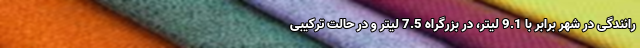
رانندگی در شهر برابر با 9.1 لیتر، در بزرگراه 7.5 لیتر و در حالت ترکیبی